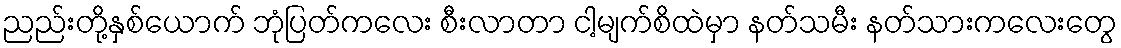
ညည်းတို့နှစ်ယောက် ဘုံပြတ်ကလေး စီးလာတာ ငါ့မျက်စိထဲမှာ နတ်သမီး နတ်သားကလေးတွေ